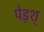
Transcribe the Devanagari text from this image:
पेड़श्